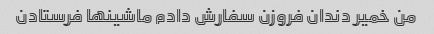
من خمیر دندان فروزن سفارش دادم ماشینها فرستادن